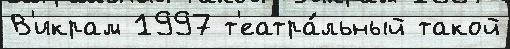
В'икрам 1997 т'еатра́льный такой